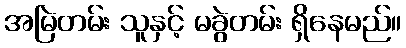
အမြဲတမ်း သူနှင့် မခွဲတမ်း ရှိနေမည်။